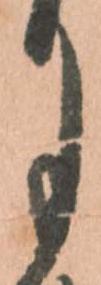
月